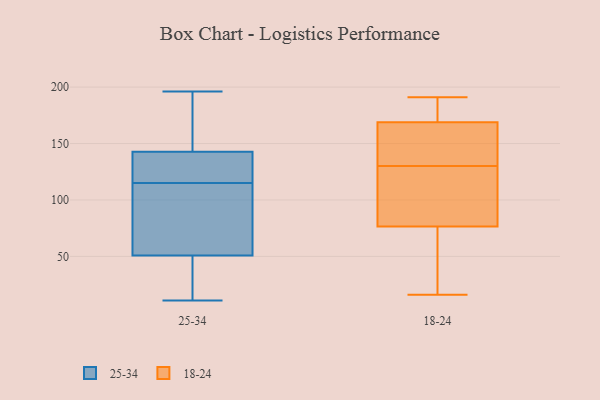
{"axis": {"x": "Website Visitors", "y": "Value"}, "legend": ["18-24", "25-34"], "data": [{"x": "", "y": 83, "type": "25-34"}, {"x": "", "y": 151, "type": "25-34"}, {"x": "", "y": 127, "type": "25-34"}, {"x": "", "y": 115, "type": "25-34"}, {"x": "", "y": 121, "type": "25-34"}, {"x": "", "y": 65, "type": "25-34"}, {"x": "", "y": 73, "type": "25-34"}, {"x": "", "y": 12, "type": "25-34"}, {"x": "", "y": 126, "type": "25-34"}, {"x": "", "y": 149, "type": "25-34"}, {"x": "", "y": 45, "type": "25-34"}, {"x": "", "y": 196, "type": "25-34"}, {"x": "", "y": 34, "type": "25-34"}, {"x": "", "y": 187, "type": "25-34"}, {"x": "", "y": 142, "type": "25-34"}, {"x": "", "y": 68, "type": "25-34"}, {"x": "", "y": 46, "type": "25-34"}, {"x": "", "y": 143, "type": "25-34"}, {"x": "", "y": 11, "type": "25-34"}, {"x": "", "y": 130, "type": "18-24"}, {"x": "", "y": 182, "type": "18-24"}, {"x": "", "y": 19, "type": "18-24"}, {"x": "", "y": 57, "type": "18-24"}, {"x": "", "y": 172, "type": "18-24"}, {"x": "", "y": 93, "type": "18-24"}, {"x": "", "y": 162, "type": "18-24"}, {"x": "", "y": 191, "type": "18-24"}, {"x": "", "y": 16, "type": "18-24"}, {"x": "", "y": 128, "type": "18-24"}, {"x": "", "y": 130, "type": "18-24"}, {"x": "", "y": 110, "type": "18-24"}, {"x": "", "y": 131, "type": "18-24"}, {"x": "", "y": 71, "type": "18-24"}, {"x": "", "y": 171, "type": "18-24"}]}